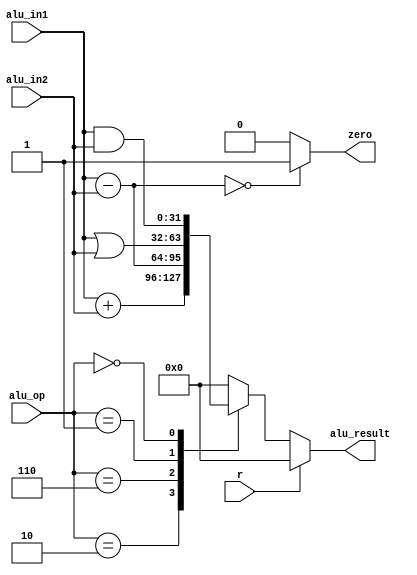
module alu (
	input r,
	input [3:0] alu_op,
	input [31:0] alu_in1,
	input [31:0] alu_in2,
	output wire zero,
	output reg [31:0] alu_result
);
	
	localparam ADD = 4'b0010;
	localparam SUB = 4'b0110;
	localparam AND = 4'b0000;
	localparam OR = 4'b0001;
	
	wire signed [31:0] alu_in1_signed = alu_in1;
	wire signed [31:0] alu_in2_signed = alu_in2;
	
	assign zero = (alu_in1_signed - alu_in2_signed == 0) ? 1'b1 : 1'b0;
	
	always @(*) begin
		if (r) begin
            alu_result = 0;	
		end
		else begin
		  case(alu_op)
			ADD : alu_result = alu_in1_signed + alu_in2_signed; // add
			SUB : alu_result = alu_in1_signed - alu_in2_signed; // sub					
			OR : alu_result = alu_in1_signed | alu_in2_signed; // or
			AND : alu_result = alu_in1_signed & alu_in2_signed; // and 			
			default : alu_result = 0;
		  endcase
		end
	end
	
endmodule